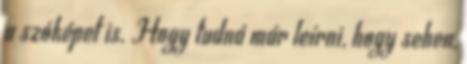
a szóképet is. Hogy tudná már leírni, hogy sehen,